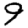
Digit: 9